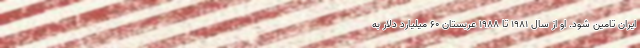
ایران تامین شود. او از سال ۱۹۸۱ تا ۱۹۸۸ عربستان ۶۰ میلیارد دلار به